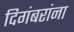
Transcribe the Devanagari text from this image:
दिगंबरांना